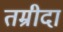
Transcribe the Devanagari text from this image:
तम्रीदा